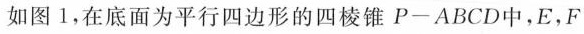
如图1，在底面为平行四边形的四棱锥P一ABCD中，E，F